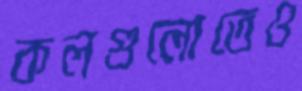
কলগুলোতেও